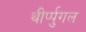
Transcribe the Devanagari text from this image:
थीर्प्पुगल